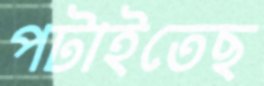
পটাইতেছ